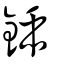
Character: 鍤